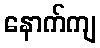
နောက်ကျ